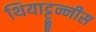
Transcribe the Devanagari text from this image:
थियाट्टून्नीस